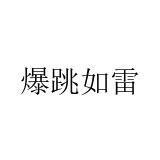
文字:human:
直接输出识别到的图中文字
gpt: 爆跳如雷